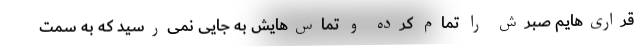
‌قراری‌هایم صبرش را تمام کرده و تماس‌هایش به جایی نمی‌رسید که به سمت